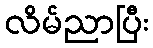
လိမ်ညာပြီး